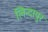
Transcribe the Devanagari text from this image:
लिन्दायुर